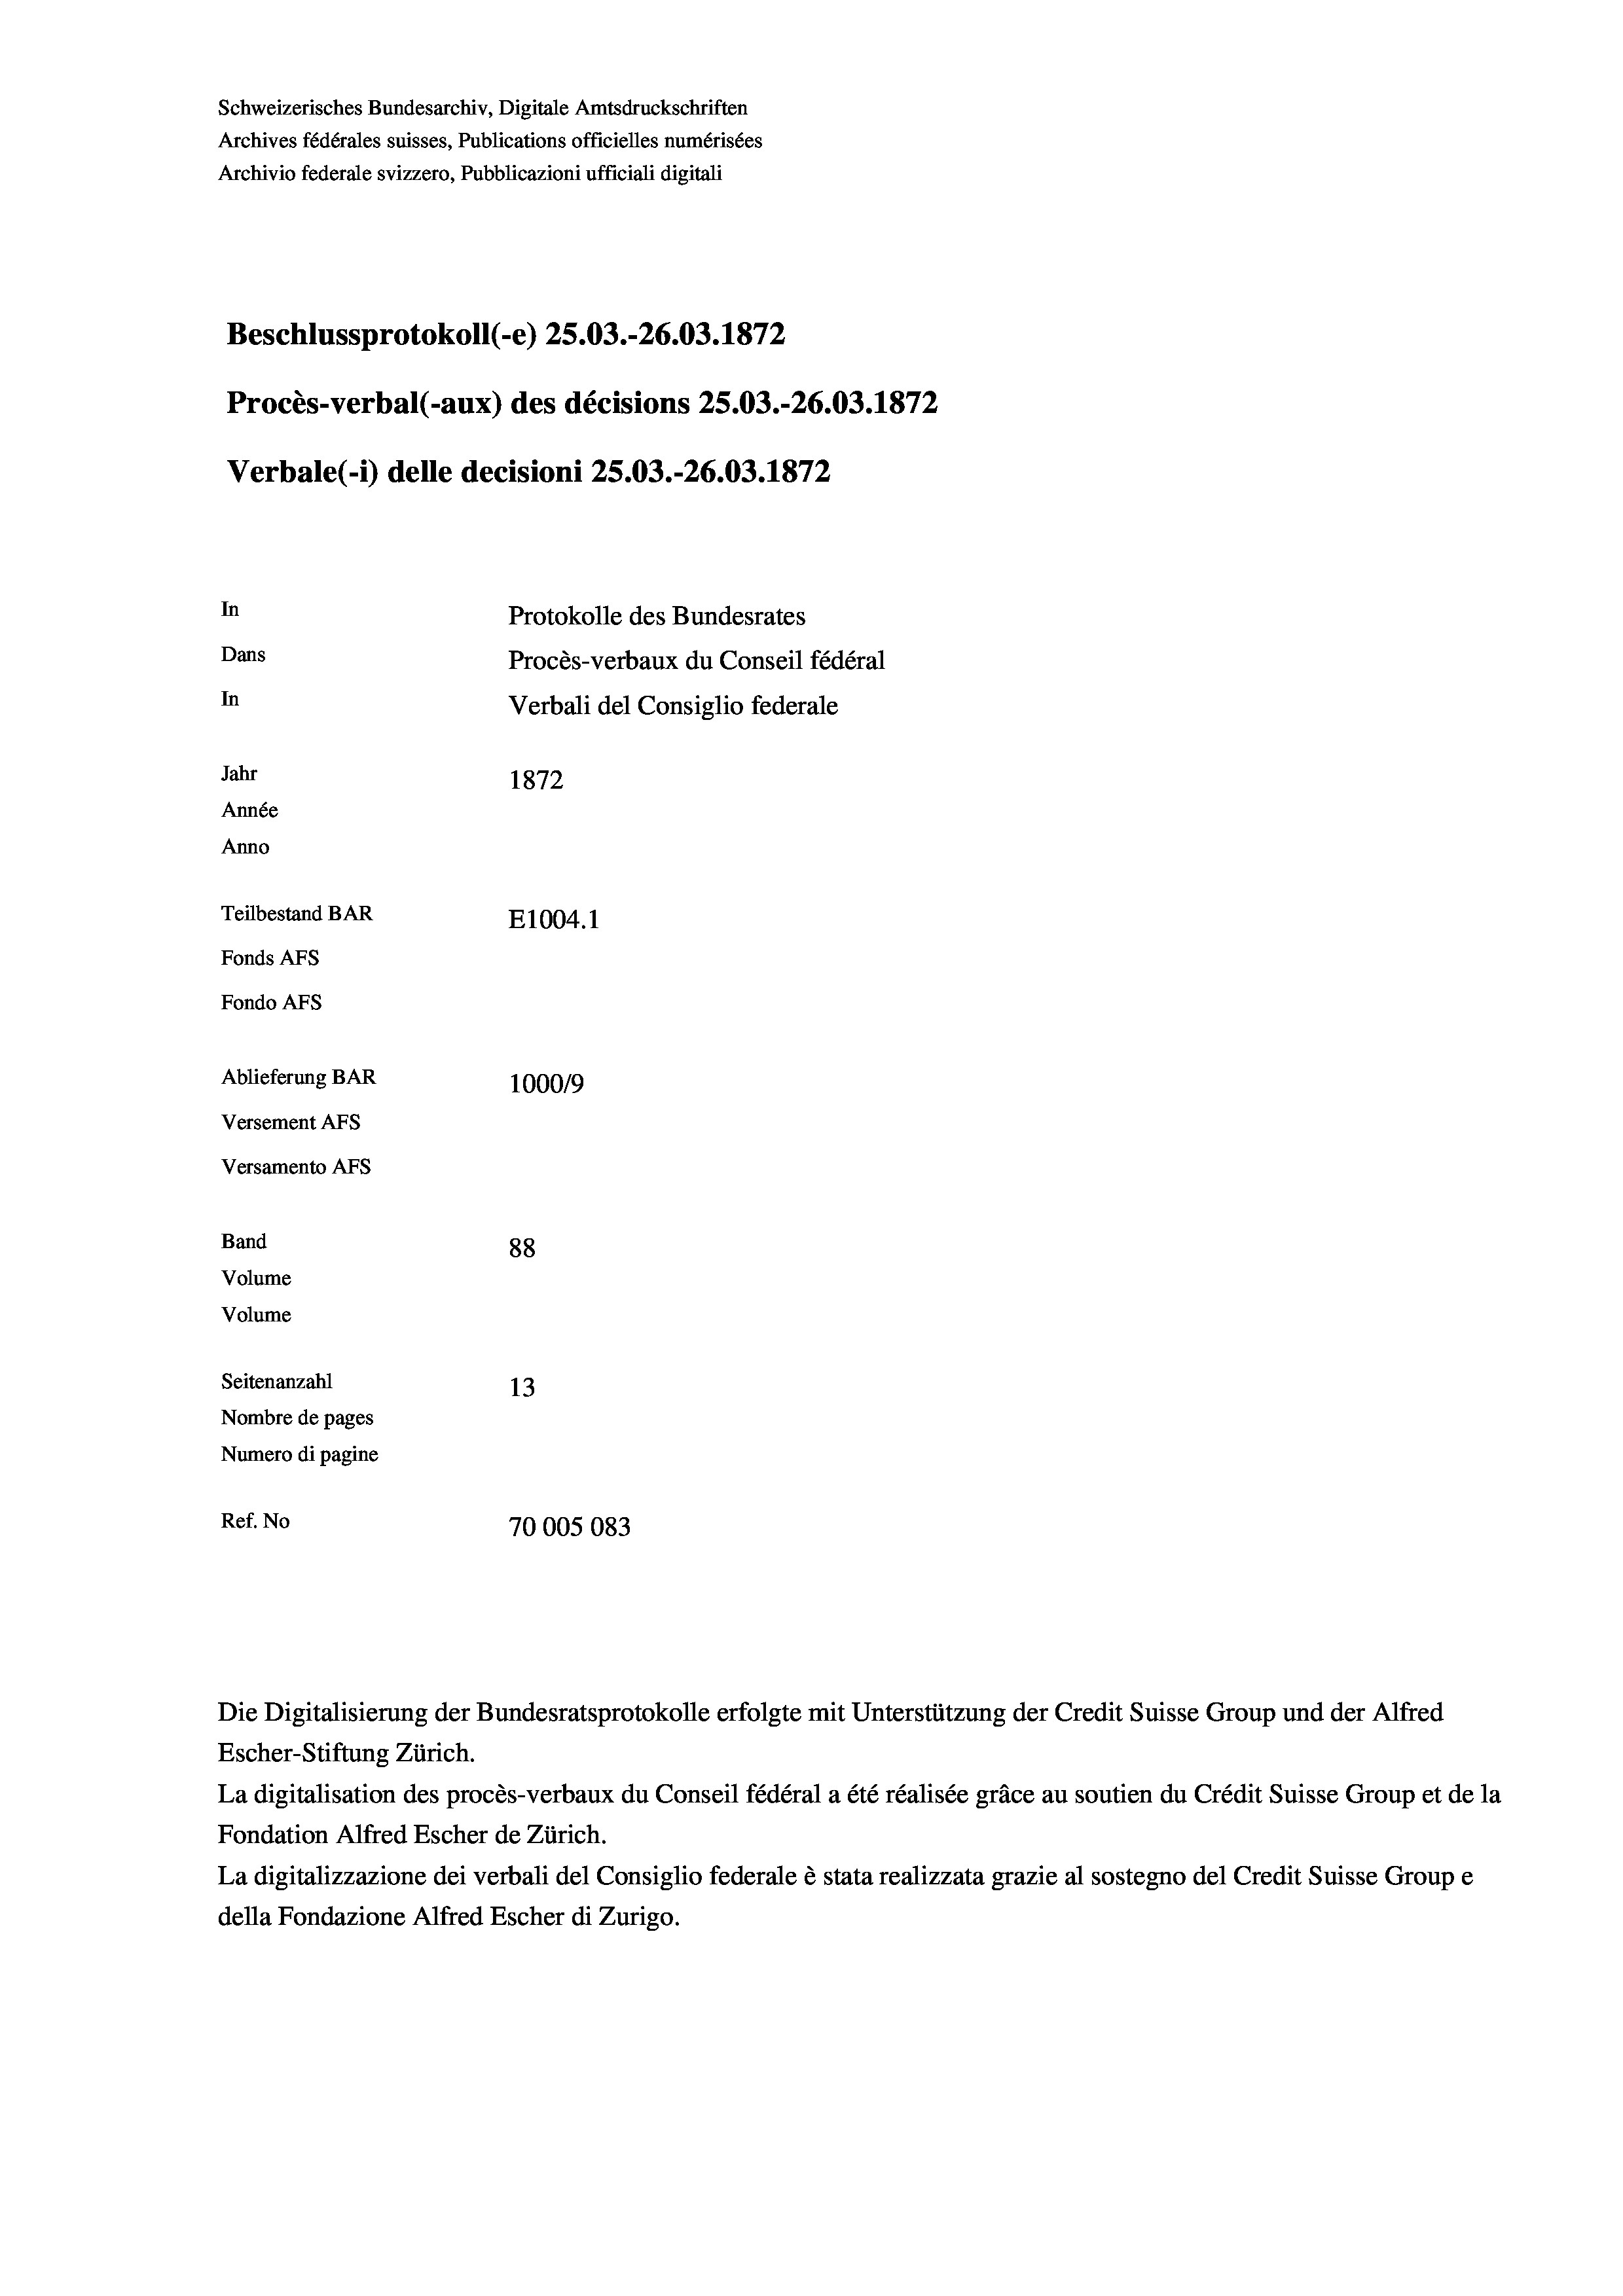
Schweizerisches Bundesarchiv, Digitale Amtsdruckschriften
Archives fédérales suisses, Publications officielles numérisées
Archivio federale svizzero, Pubblicazioni ufficiali digitali
Beschlussprotokoll (-e) 25.03.-26.03. 1872
Procès-verbal (-aux) des décisions 25.03.-26.03. 1872
Verbale (- 1) delle decisioni 25.03.-26.03. 1872
In
Protokolle des Bundesrates
Dans
Procès-verbaux du Conseil fédéral
In
Verbali del Consiglio federale
Jahr
1872
Année
Anno
Teilbestand BAR
E1004. 1
Fonds AFs
Fondo AFS
Ablieferung BAR
1000/9
Versement AFs
Versamento AFs
Band
88
Volume
Volume
Seitenanzahl
13
Nombre de pages
Numero di pagine
Ref. No
70005083

Die Digitalisierung der Bundesratsprotokolle erfolgte mit Unterstützung der Credit Suisse Group und der Alfred
Escher-Stiftung Zürich.
La digitalisation des procès-verbaux du Conseil fédéral a été réalisée gräce au soutien du Crédit Suisse Group et de la
Fondation Alfred Escher de Zürich.
La digitalizzazione dei verbali del Consiglio federale è stata realizzata grazie al sostegno del Credit Suisse Groupe
della Fondazione Alfred Escher di Zurigo.